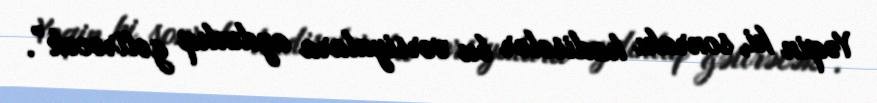
Yəqin ki, sonrakı hadisələr bu versiyalara aydınlıq gətirəcək”.